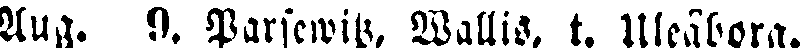
Aug. 9. Parsewitz, WalliS, t. Uleåborg.